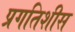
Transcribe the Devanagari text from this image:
प्रगतिशीस